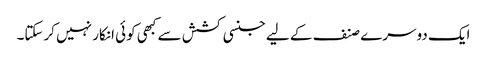
ایک دوسرے صنف کے لیے جنسی کشش سے کبھی کوئی انکار نہیں کرسکتا۔